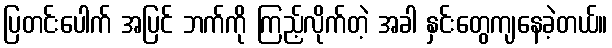
ပြတင်းပေါက် အပြင် ဘက်ကို ကြည့်လိုက်တဲ့ အခါ နှင်းတွေကျနေခဲ့တယ်။